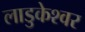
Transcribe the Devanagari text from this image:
लाडुकेश्वर